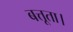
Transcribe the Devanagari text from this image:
बत्तूता।